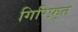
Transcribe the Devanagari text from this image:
गिरिफ़्त